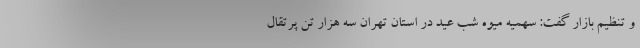
و تنظیم بازار گفت: سهمیه میوه شب عید در استان تهران سه هزار تُن پرتقال